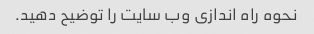
نحوه راه اندازی وب سایت را توضیح دهید.